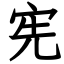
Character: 宪